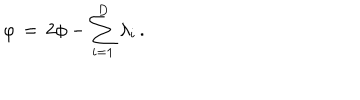
LaTeX: \varphi \, = \, 2 \phi - \sum _ { i = 1 } ^ { D } \lambda _ { i } \, .